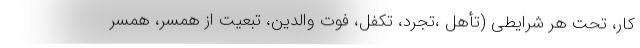
کار، تحت هر شرایطی (تأهل ،تجرد، تکفل، فوت والدین، تبعیت از همسر، همسر